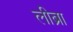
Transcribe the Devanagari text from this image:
लीब्रा